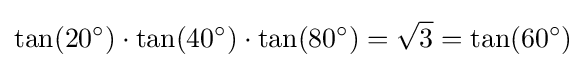
\tan(20^{\circ })\cdot \tan(40^{\circ })\cdot \tan(80^{\circ })={\sqrt {3}}=\tan(60^{\circ })